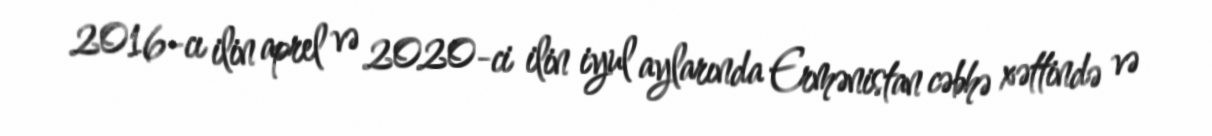
2016-cı ilin aprel və 2020-ci ilin iyul aylarında Ermənistan cəbhə xəttində və